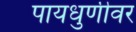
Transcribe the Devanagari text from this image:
पायधुणीवर